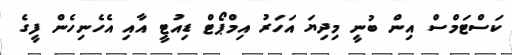
ކަސްޓަމްސް އިން ބުނީ މިދިޔަ އަހަރު އިމްޕޯޓް ޑިއުޓީ އާއި އެހެނިހެން ފީގެ